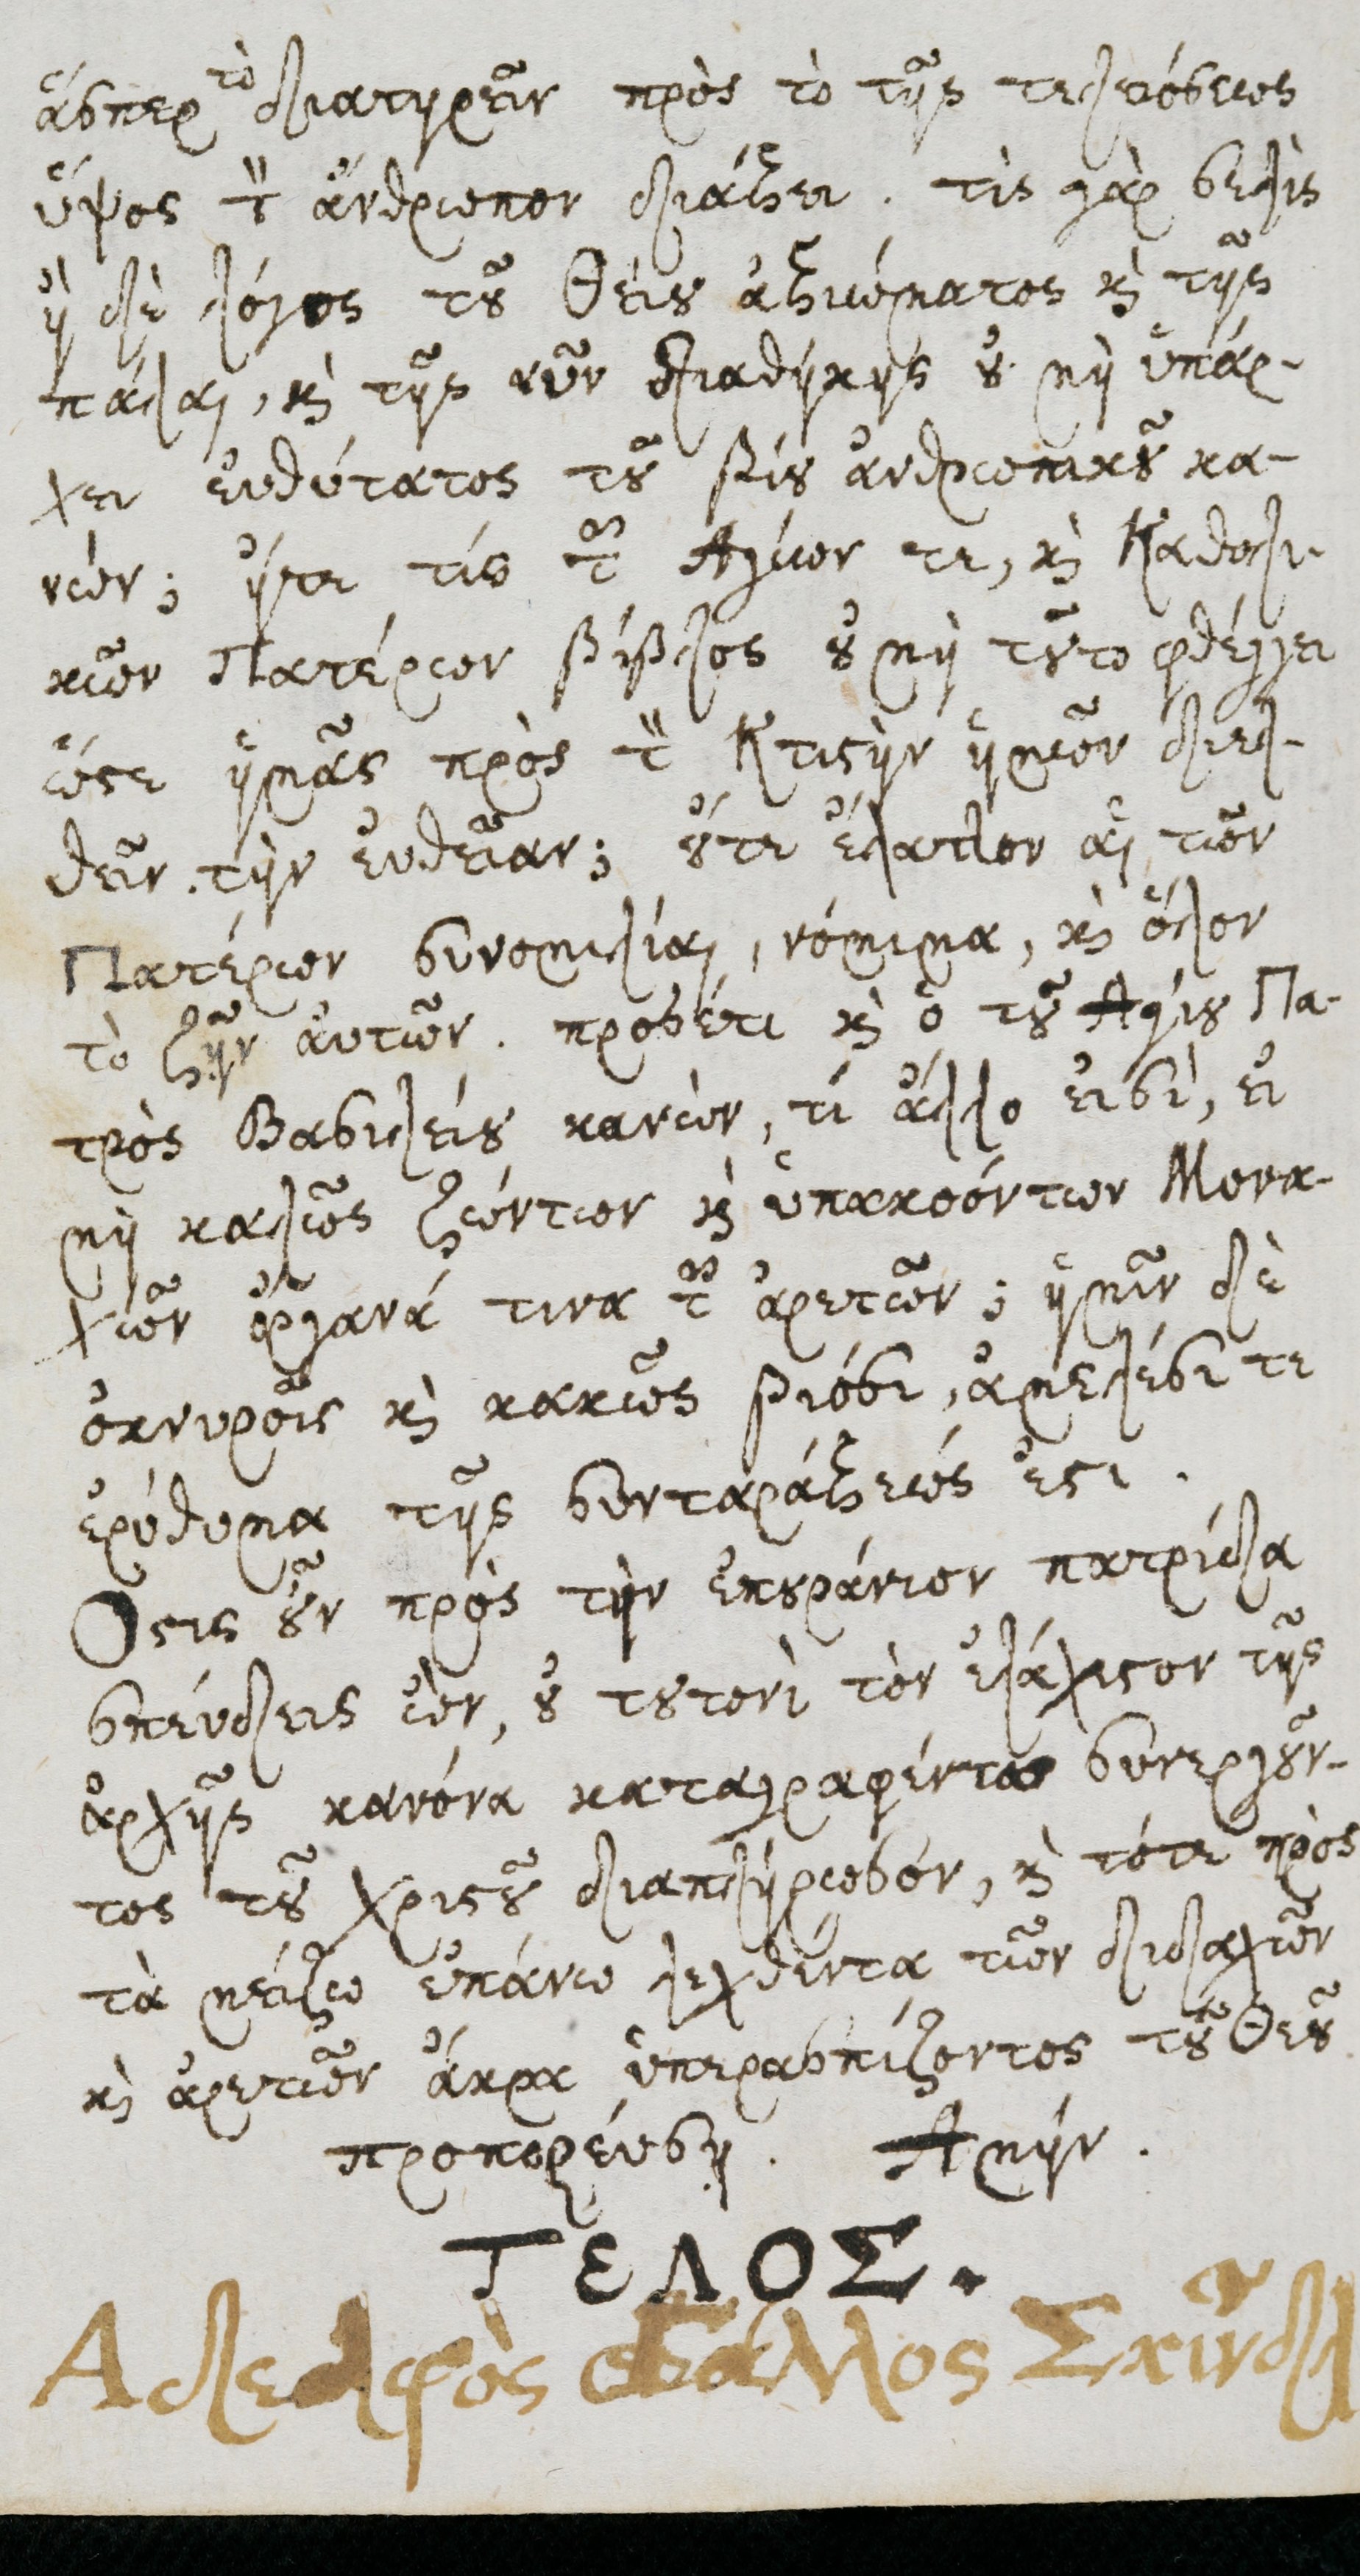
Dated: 1600–1699